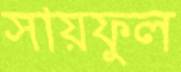
সায়ফুল